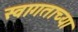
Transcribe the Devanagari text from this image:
स्वागताच्या